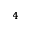
_ 4